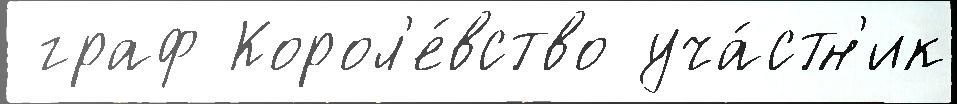
 граф Корол'е́вство уча́стн'ик